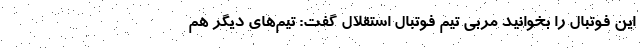
این فوتبال را بخوانید مربی تیم فوتبال استقلال گفت: تیم‌های دیگر هم